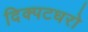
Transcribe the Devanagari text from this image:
दिक्पटधरो